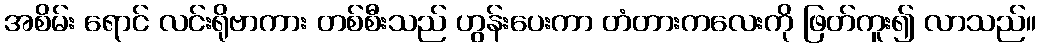
အစိမ်း ရောင် လင်းရိုဗာကား တစ်စီးသည် ဟွန်းပေးကာ တံတားကလေးကို ဖြတ်ကူး၍ လာသည်။